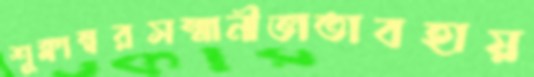
শুক্লাম্বরসম্মানীভাতাবহায়